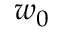
w _ { 0 }